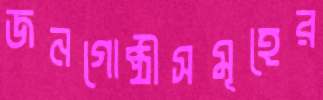
জনগোষ্ঠীসমূহের